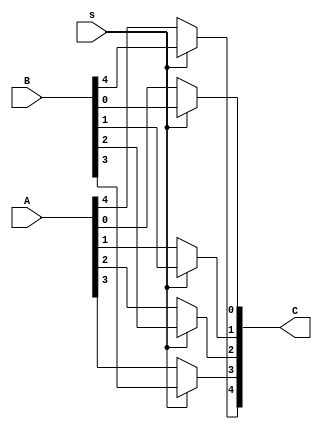
`timescale 1ns / 1ps
//////////////////////////////////////////////////////////////////////////////////
// Company: 
// Engineer: 
// 
// Design Name: 
// Module Name: muxx
// Project Name: 
// Target Devices: 
// Tool Versions: 
// Description: 
// 
// Dependencies: 
// 
// Revision:
// Revision 0.01 - File Created
// Additional Comments:
// 
//////////////////////////////////////////////////////////////////////////////////



module MUX #(parameter n=5) (input [n-1:0]A,input [n-1:0]B, input s,output [n-1:0]C );
  genvar i;
  generate 
    for (i = 0; i < n; i = i + 1) begin
          assign C[i]=(s==0)? A[i]:B[i];
    end
  endgenerate

endmodule